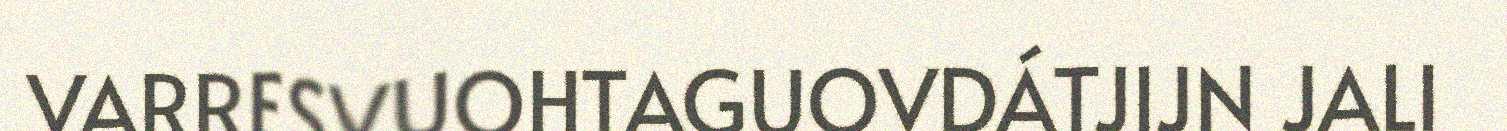
VARRESVUOHTAGUOVDÁTJIJN JALI